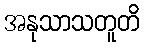
အနုသာသတူတိ